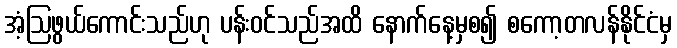
အံ့ဩဖွယ်ကောင်းသည်ဟု ပန်းဝင်သည်အထိ နောက်နေ့မှစ၍ စကော့တလန်နိုင်ငံမှ